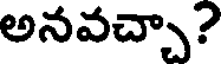
అనవచ్చా?